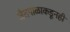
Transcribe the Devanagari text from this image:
जैतपाळाकडूनही